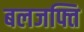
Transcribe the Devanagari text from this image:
बलजफ्ति